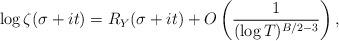
LaTeX: \begin{align*}\log\zeta(\sigma+it)=R_Y(\sigma+it)+O\left(\frac{1}{(\log T)^{B/2-3}}\right),\end{align*}